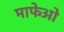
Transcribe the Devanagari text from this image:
माफेओ